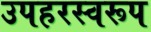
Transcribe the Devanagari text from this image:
उपहरस्वरूप